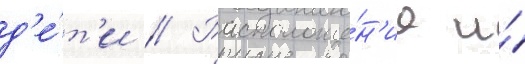
д'е́т'и // Расположе́н'ие и́